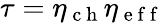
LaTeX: \tau=\eta_{\mathrm{~c~h~}}\eta_{\mathrm{~e~f~f~}}